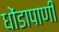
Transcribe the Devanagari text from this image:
धोंडापाणी